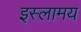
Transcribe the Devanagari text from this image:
इस्लामय